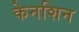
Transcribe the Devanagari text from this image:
केनशिन